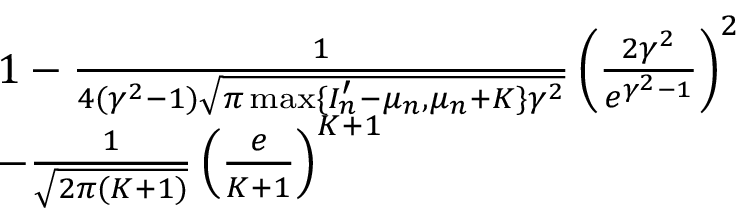
\begin{array} { r l } & { 1 - \frac { 1 } { 4 ( \gamma ^ { 2 } - 1 ) \sqrt { \pi \operatorname* { m a x } \{ I _ { n } ^ { \prime } - \mu _ { n } , \mu _ { n } + K \} \gamma ^ { 2 } } } \left( \frac { 2 \gamma ^ { 2 } } { e ^ { \gamma ^ { 2 } - 1 } } \right) ^ { 2 } } \\ & { - \frac { 1 } { \sqrt { 2 \pi ( K + 1 ) } } \left( \frac { e } { K + 1 } \right) ^ { K + 1 } } \end{array}